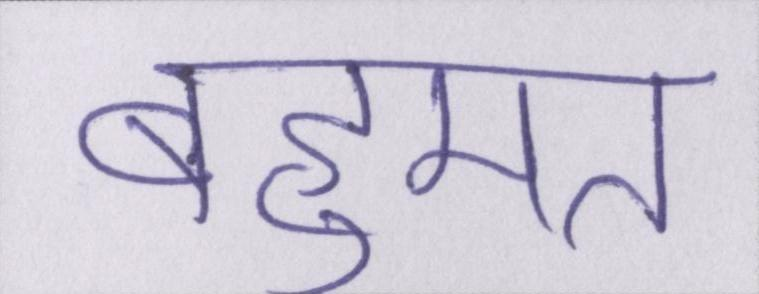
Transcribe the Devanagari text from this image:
बहूमत